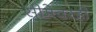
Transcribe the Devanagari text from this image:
सीमेवरही